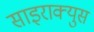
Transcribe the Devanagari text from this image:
साइराक्युस